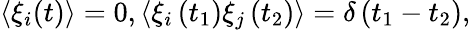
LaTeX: \begin{array}{r}{\left\langle\xi_{i}(t)\right\rangle=0,\left\langle\xi_{i}\left(t_{1}\right)\xi_{j}\left(t_{2}\right)\right\rangle=\delta\left(t_{1}-t_{2}\right),}\end{array}